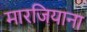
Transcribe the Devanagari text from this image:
मारजियाना